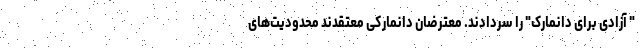
" آزادی برای دانمارک" را سردادند. معترضان دانمارکی معتقدند محدودیت‌های